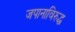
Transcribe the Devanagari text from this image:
जपानाविरुद्ध